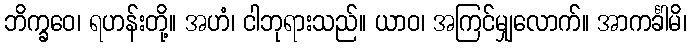
ဘိက္ခဝေ၊ ရဟန်းတို့။ အဟံ၊ ငါဘုရားသည်။ ယာဝ၊ အကြင်မျှလောက်။ အာကင်္ခါမိ၊